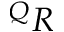
^ Q R